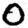
Digit: 0